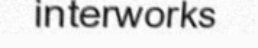
interworks